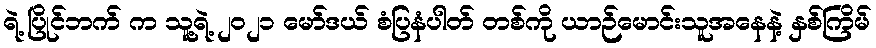
ရဲ့ ပြိုင်ဘက် က သူ့ရဲ့ ၂၀၂၁ မော်ဒယ် စံပြနံပါတ် တစ်ကို ယာဉ်မောင်းသူအနေနဲ့ နှစ်ကြိမ်